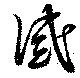
感